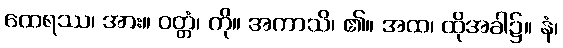
ထေရဿ၊ အား။ ဝတ္တံ၊ ကို။ အကာသိ၊ ၏။ အထ၊ ထိုအခါ၌။ နံ၊